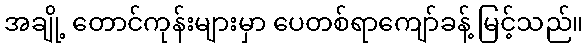
အချို့ တောင်ကုန်းများမှာ ပေတစ်ရာကျော်ခန့် မြင့်သည်။